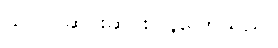
သူ ခပ်ဆိုင်းဆိုင်းပြန်ပြောသည်။